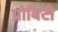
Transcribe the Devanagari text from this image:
प्रोबिटी